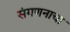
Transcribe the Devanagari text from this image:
संगणनाचा